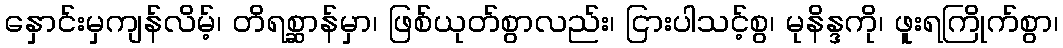
နှောင်းမှကျန်လိမ့်၊ တိရစ္ဆာန်မှာ၊ ဖြစ်ယုတ်စွာလည်း၊ ငြားပါသင့်စွ၊ မုနိန္ဒကို၊ ဖူးရကြိုက်စွာ၊